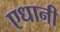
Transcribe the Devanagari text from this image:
एधानी